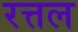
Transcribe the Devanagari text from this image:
रत्तल